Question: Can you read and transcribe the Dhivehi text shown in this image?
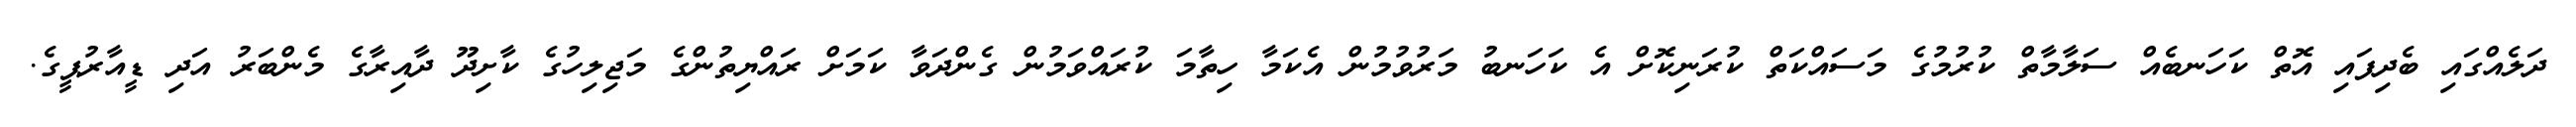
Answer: ދަލެއްގައި ބެދިފައި އޮތް ކަހަނބެއް ސަލާމާތް ކުރުމުގެ މަސައްކަތް ކުރަނިކޮށް އެ ކަހަނބު މަރުވުމުން އެކަމާ ހިތާމަ ކުރައްވަމުން ގެންދަވާ ކަމަށް ރައްޔިތުންގެ މަޖިލިހުގެ ކާށިދޫ ދާއިރާގެ މެންބަރު އަދި ޑީއާރުޕީގެ.